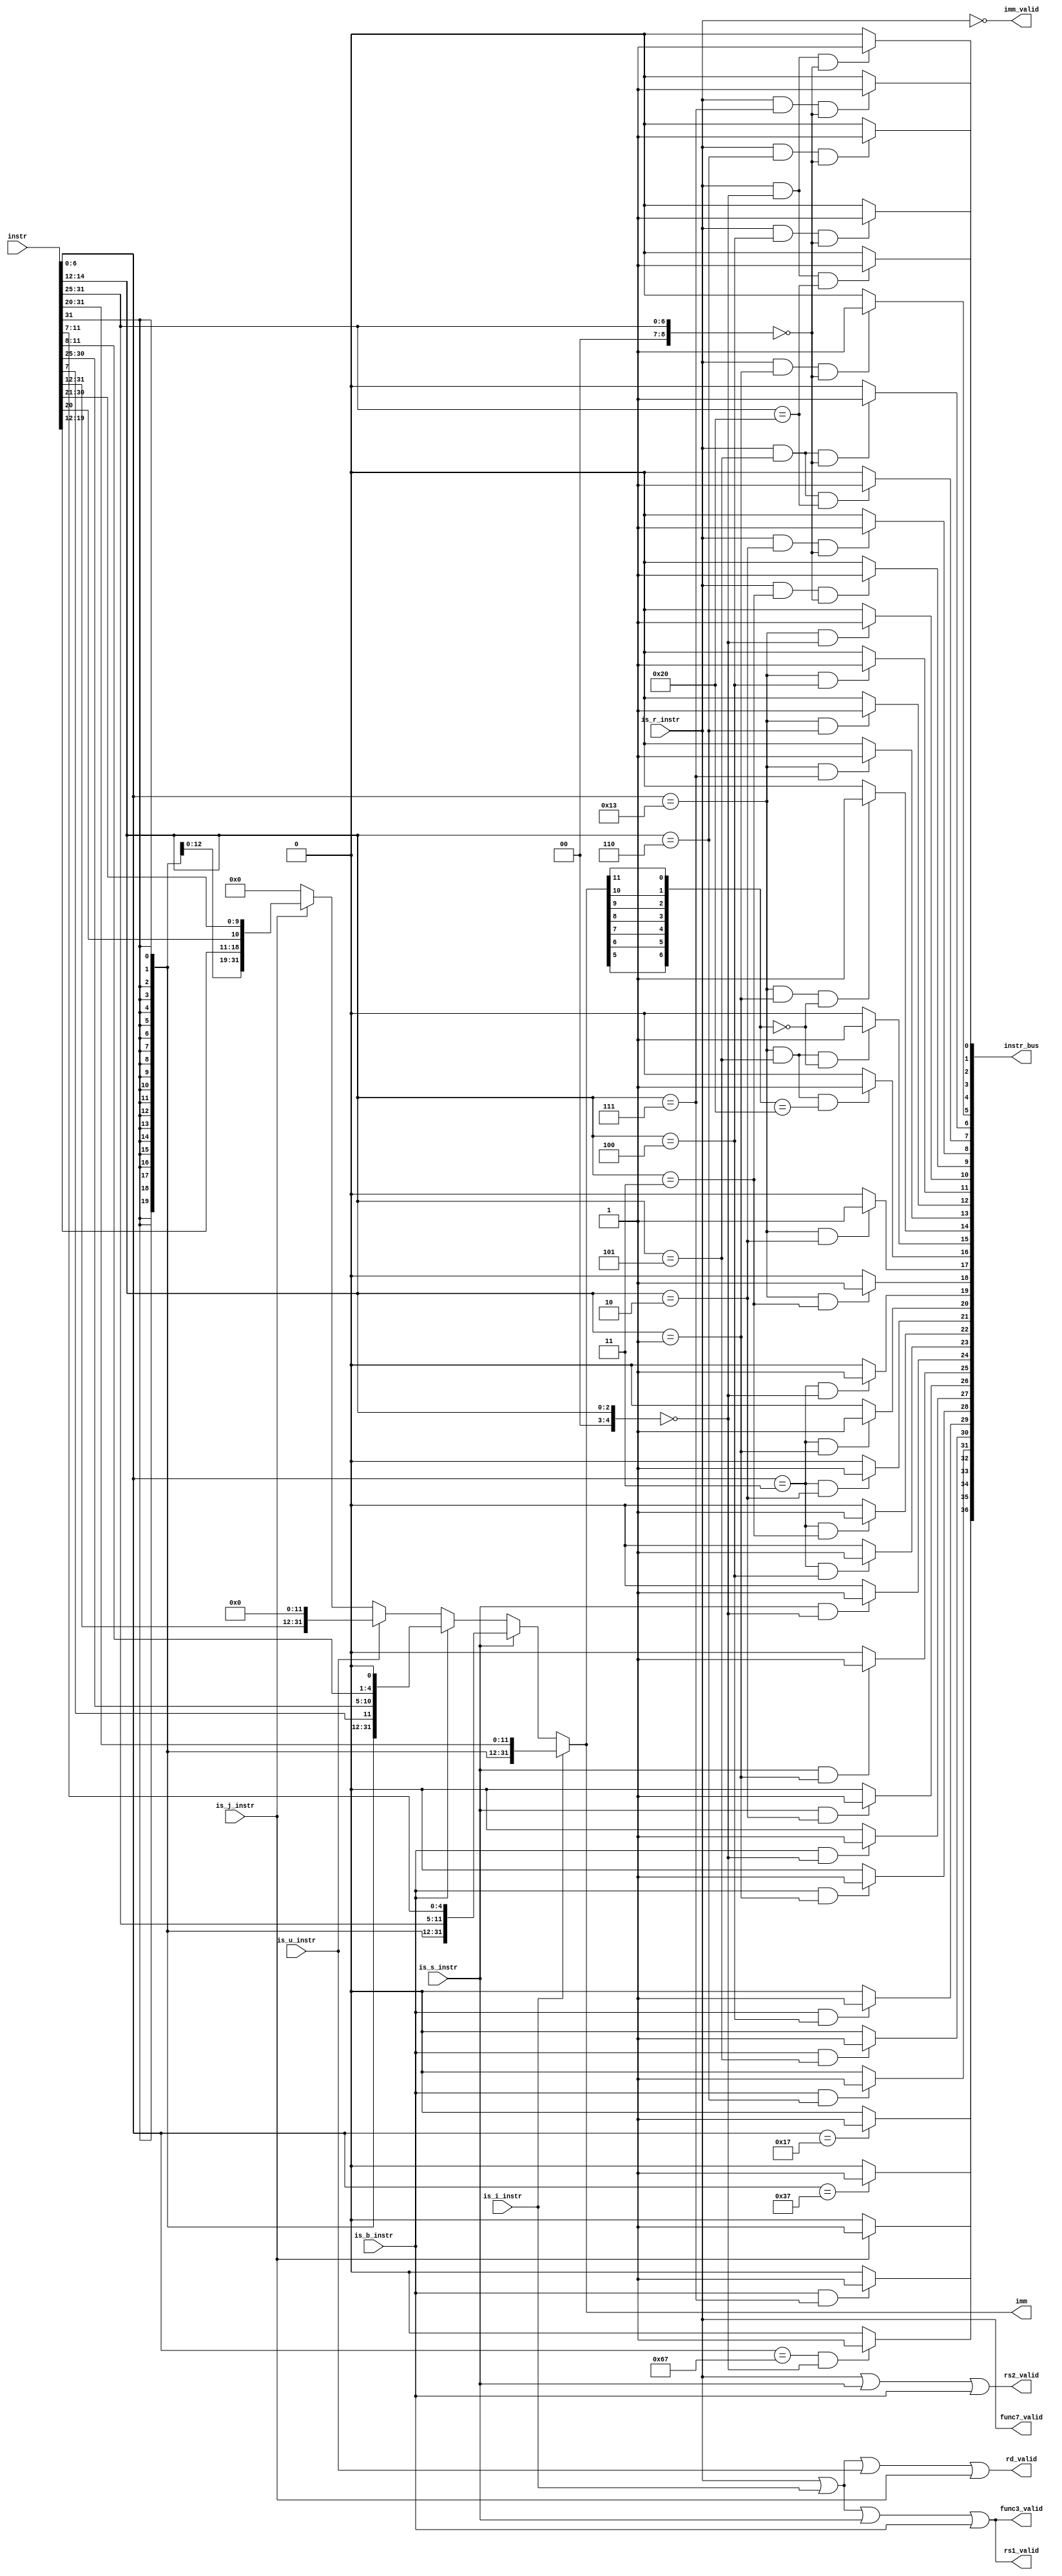
module decoder_ext(
   input  [31:0] instr,
   input is_r_instr,
   input is_s_instr,
   input is_i_instr,
   input is_b_instr,
   input is_u_instr,
   input is_j_instr,
   output rd_valid,
   output rs1_valid,
   output rs2_valid,
   output func3_valid,
   output func7_valid,
   output imm_valid,
   output signed [31:0] imm,
   output [36:0] instr_bus
);
   wire is_i1_instr, is_i2_instr;
   wire [4:0] func3;
   wire [8:0] func7;
   wire [6:0] temp_imm;
   assign is_i1_instr = instr[6:0] == 7'b0010011;
   assign is_i2_instr = instr[6:0] == 7'b0000011;
   assign func3 = instr[14:12];
   assign func7 = instr[31:25];
   assign func7_valid = is_r_instr;
   assign rs2_valid = is_r_instr || is_s_instr || is_b_instr;
   assign rs1_valid = is_r_instr || is_i_instr || is_s_instr || is_b_instr;
   assign rd_valid = is_r_instr || is_i_instr || is_u_instr || is_j_instr;
   assign func3_valid = rs1_valid;
   assign imm_valid = ~is_r_instr;
   
   assign imm  = is_i_instr ? {   {21{instr[31]}},  instr[30:20]  } :
                is_s_instr ? {{21{instr[31]}}, instr[30:25], instr[11:7]} :
                is_b_instr ? { {20{instr[31]}}, instr[7], instr[30:25], instr[11:8], 1'b0} :
                is_u_instr ? { instr[31:12], 12'b0 } :
                is_j_instr ? { { { { {13{instr[31]}} , instr[19:12] } , instr[20] } , instr[30:25] } , instr[24:21] } :
                32'b0;
   
   assign temp_imm = {imm[5],imm[6], imm[7], imm[8], imm[9], imm[10], imm[11]};
   
   assign instr_bus[0] = (is_r_instr && (func3 == 3'h0) && (func7==7'h00))  ? 1'b1 : 1'b0; //add
   assign instr_bus[1] = (is_r_instr && (func3 == 3'h0) && (func7==7'h20))  ? 1'b1 : 1'b0; //sub
   assign instr_bus[2] = (is_r_instr && (func3 == 3'h4) && (func7==7'h00))  ? 1'b1 : 1'b0; //xor
   assign instr_bus[3] = (is_r_instr && (func3 == 3'h6) && (func7==7'h00))  ? 1'b1 : 1'b0; //or
   assign instr_bus[4] = (is_r_instr && (func3 == 3'h7) && (func7==7'h00))  ? 1'b1 : 1'b0; //and
   assign instr_bus[5] = (is_r_instr && (func3 == 3'h1) && (func7==7'h00))  ? 1'b1 : 1'b0; //sll
   assign instr_bus[6] = (is_r_instr && (func3 == 3'h5) && (func7==7'h00))  ? 1'b1 : 1'b0; //srl
   assign instr_bus[7] = (is_r_instr && (func3 == 3'h5) && (func7==7'h20))  ? 1'b1 : 1'b0; //sra
   assign instr_bus[8] = (is_r_instr && (func3 == 3'h2) && (func7==7'h00))  ? 1'b1 : 1'b0; //slt
   assign instr_bus[9] = (is_r_instr && (func3 == 3'h3) && (func7==7'h00))  ? 1'b1 : 1'b0; //sltu
   
   assign instr_bus[10] = (is_i1_instr && (func3 == 3'h0))  ? 1'b1 : 1'b0; //addi
   assign instr_bus[11] = (is_i1_instr && (func3 == 3'h4))  ? 1'b1 : 1'b0; //xori
   assign instr_bus[12] = (is_i1_instr && (func3 == 3'h6))  ? 1'b1 : 1'b0; //ori
   assign instr_bus[13] = (is_i1_instr && (func3 == 3'h7))  ? 1'b1 : 1'b0; //andi
   assign instr_bus[14] = (is_i1_instr && (func3 == 3'h1) && (temp_imm == 7'h00))  ? 1'b1 : 1'b0; //slli
   assign instr_bus[15] = (is_i1_instr && (func3 == 3'h5) && (temp_imm == 7'h00))  ? 1'b1 : 1'b0; //srli
   assign instr_bus[16] = (is_i1_instr && (func3 == 3'h5) && (temp_imm == 7'h20))  ? 1'b1 : 1'b0; //slai
   assign instr_bus[17] = (is_i1_instr && (func3 == 3'h2))  ? 1'b1 : 1'b0; //slti
   assign instr_bus[18] = (is_i1_instr && (func3 == 3'h3))  ? 1'b1 : 1'b0; //sltui
   
   assign instr_bus[19] = (is_i2_instr && (func3 == 3'h0))  ? 1'b1 : 1'b0; //lb
   assign instr_bus[20] = (is_i2_instr && (func3 == 3'h1))  ? 1'b1 : 1'b0; //lh
   assign instr_bus[21] = (is_i2_instr && (func3 == 3'h2))  ? 1'b1 : 1'b0; //lw
   assign instr_bus[22] = (is_i2_instr && (func3 == 3'h3))  ? 1'b1 : 1'b0; //lbu
   assign instr_bus[23] = (is_i2_instr && (func3 == 3'h4))  ? 1'b1 : 1'b0; //lhu
   
   assign instr_bus[24] = (is_s_instr && (func3 == 3'h0))  ? 1'b1 : 1'b0; //sb
   assign instr_bus[25] = (is_s_instr && (func3 == 3'h1))  ? 1'b1 : 1'b0; //sh
   assign instr_bus[26] = (is_s_instr && (func3 == 3'h2))  ? 1'b1 : 1'b0; //sw
   
   
   assign instr_bus[27] = (is_b_instr && (func3 == 3'h0))  ? 1'b1 : 1'b0; //beq
   assign instr_bus[28] = (is_b_instr && (func3 == 3'h1))  ? 1'b1 : 1'b0; //bne
   assign instr_bus[29] = (is_b_instr && (func3 == 3'h4))  ? 1'b1 : 1'b0; //blt
   assign instr_bus[30] = (is_b_instr && (func3 == 3'h5))  ? 1'b1 : 1'b0; //bge
   assign instr_bus[31] = (is_b_instr && (func3 == 3'h6))  ? 1'b1 : 1'b0; //bltu
   assign instr_bus[32] = (is_b_instr && (func3 == 3'h7))  ? 1'b1 : 1'b0; //bgeu
   
   assign instr_bus[33] = (is_j_instr)  ? 1'b1 : 1'b0; //jar
   assign instr_bus[34] = ((instr[6:0] == 7'b1100111) && (func3 == 3'h0))  ? 1'b1 : 1'b0; //jalr

   assign instr_bus[35] = ((instr[6:0] == 7'b0110111))  ? 1'b1 : 1'b0; //lui
   assign instr_bus[36] = ((instr[6:0] == 7'b0010111))  ? 1'b1 : 1'b0; //auipc

endmodule